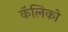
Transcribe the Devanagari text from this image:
कॅलिको